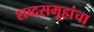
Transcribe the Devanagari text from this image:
शब्दसमूहांचा